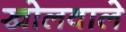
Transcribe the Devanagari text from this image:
खोलवाले